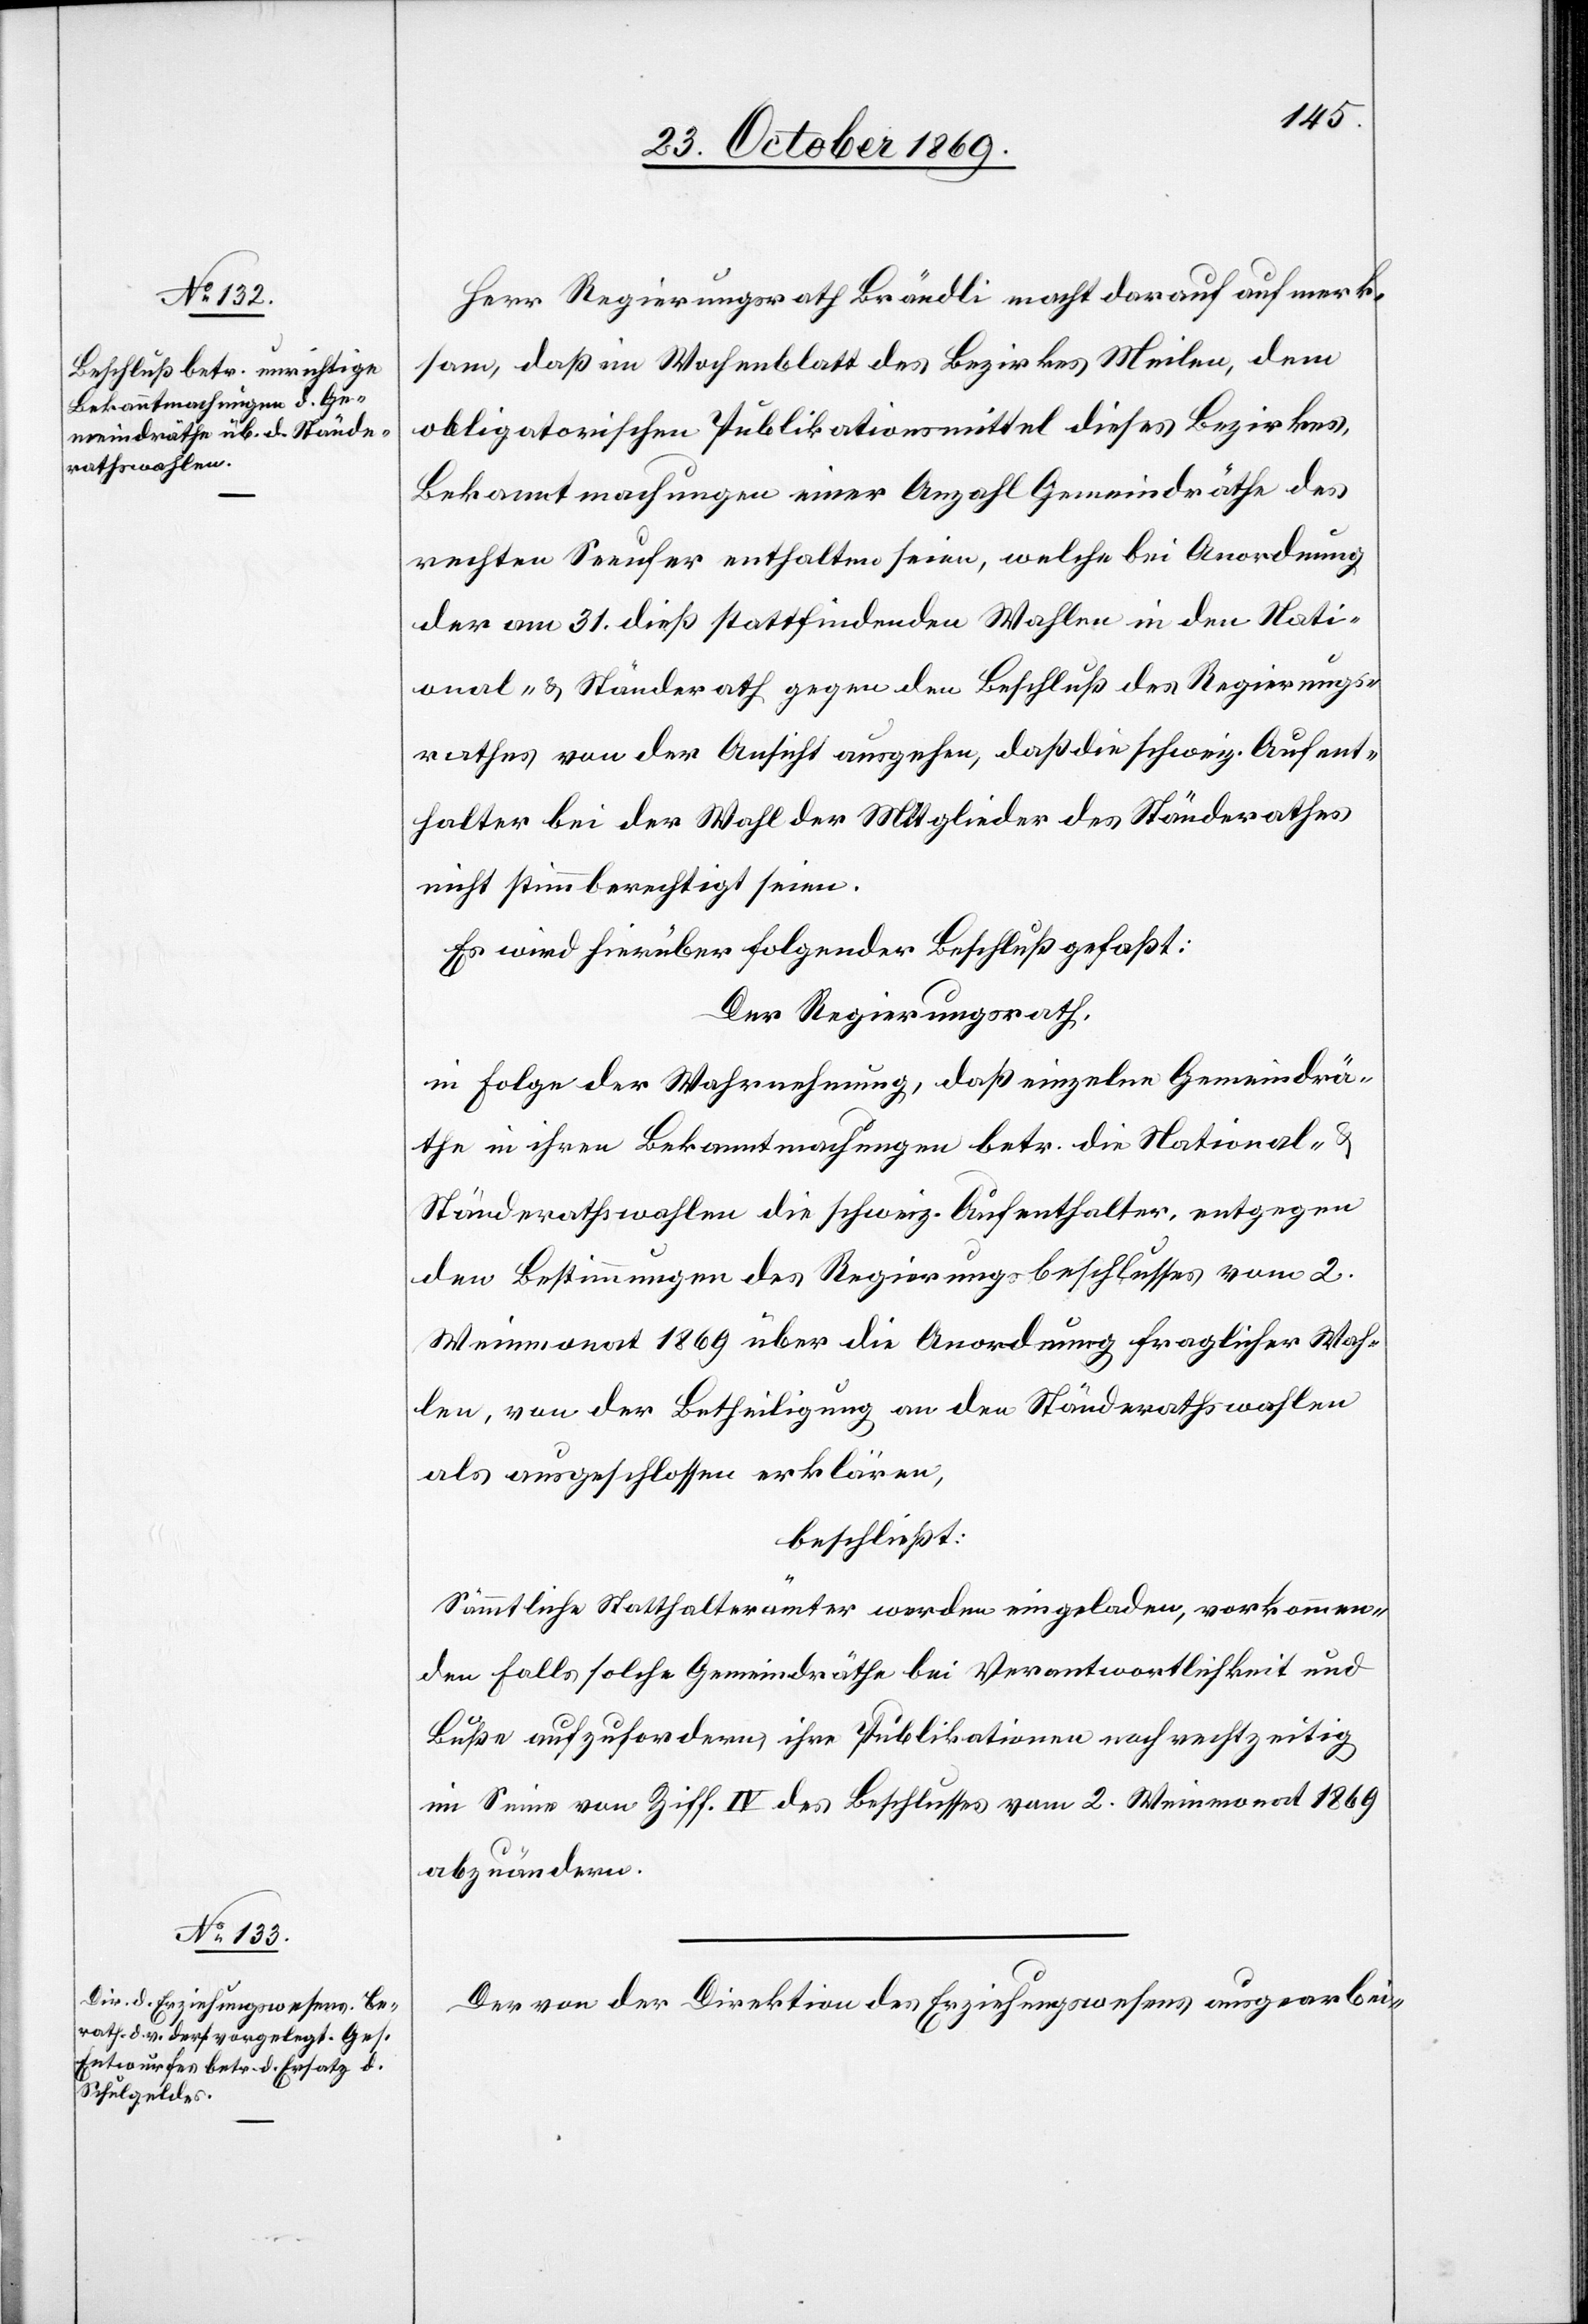
Herr Regierungsrath Brändli macht darauf aufmerk¬
sam, daß im Wochenblatt des Bezirkes Meilen, dem
obligatorischen Publikationsmittel dieses Bezirkes,
Bekanntmachungen einer Anzahl Gemeindräthe des
rechten Seeufer enthalten seien, welche bei Anordnung
der am 31. dieß stattfindenden Wahlen in den Nati¬
onal- & Ständerath gegen den Beschluß des Regierungs¬
rathes von der Ansicht ausgehen, daß die schweiz. Aufent¬
halter bei der Wahl der Mitglieder des Ständerathes
nicht stimmberechtigt seien.
Es wird hierüber folgender Beschluß gefaßt:
Der Regierungsrath,
in Folge der Wahrnehmung, daß einzelne Gemeindrä¬
the in ihren Bekanntmachungen betr. die National- &
Ständerathswahlen die schweiz. Aufenthalter, entgegen
den Bestimmungen des Regierungsbeschlusses vom 2.
Weinmonat 1869 über die Anordnung fraglicher Wah¬
len, von der Betheiligung an den Ständerathswahlen
als ausgeschlossen erklären,
beschließt:
Sämmtliche Statthalterämter werden eingeladen, vorkommen¬
den Falls solche Gemeindräthe bei Verantwortlichkeit und
Buße aufzufordern, ihre Publikationen noch rechtzeitig
im Sinne von Ziff. IV des Beschlusses vom 2. Weinmonat 1869
abzuändern.
Der von der Direktion des Erziehungswesens ausgearbei-